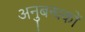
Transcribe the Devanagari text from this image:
अनुबन्धकों